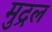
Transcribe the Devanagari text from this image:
मुद्रल